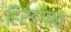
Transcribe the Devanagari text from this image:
हिरडगाव